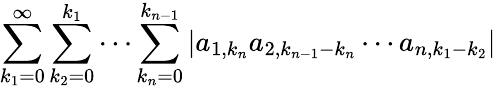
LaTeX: \sum_{k_{1}=0}^{\infty}\sum_{k_{2}=0}^{k_{1}}\cdots\sum_{k_{n}=0}^{k_{n-1}}|a_{1,k_{n}}a_{2,k_{n-1}-k_{n}}\cdots a_{n,k_{1}-k_{2}}|